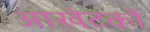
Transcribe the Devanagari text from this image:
आखेटकों